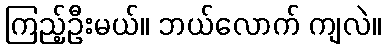
ကြည့်ဦးမယ်။ ဘယ်လောက် ကျလဲ။